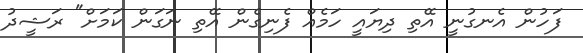
ފަހުން އެނގުނީ އޭތި ދިޔައީ ހަމެއް ފެނިގެން އޭތި ނަގަން ކަމަށް" ރަޝީދު